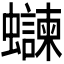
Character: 𫋨